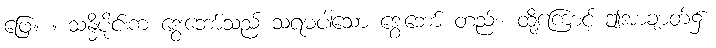
ဖြေ။ ။ သန္ဓိပိုင်းက ဒွေးဘော်သည် သရမပါသော ဒွေးဘော် တည်း၊ ထို့ကြောင့် ဤအာချာတ်၌